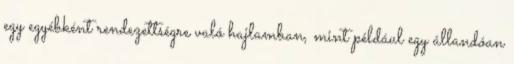
egy egyébként rendezettségre való hajlamban, mint például egy állandóan